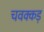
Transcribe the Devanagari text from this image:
चवक्कड़